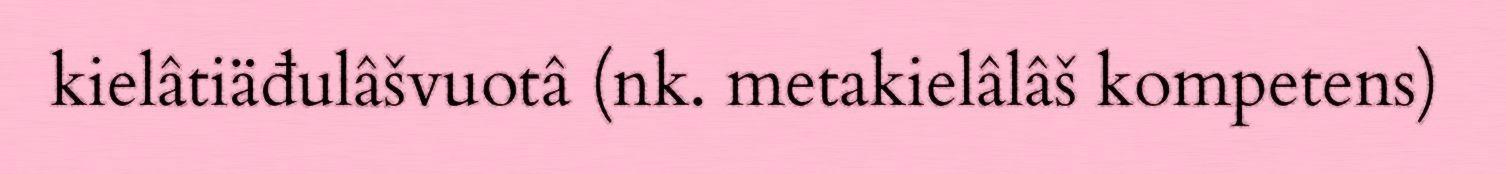
kielâtiäđulâšvuotâ (nk. metakielâlâš kompetens)